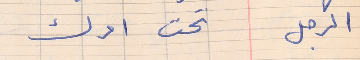
الرجل     تحت امرك